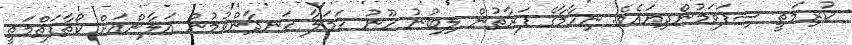
ކުރިމަތީ ސިފަވަމުންދިޔައެވެ. ނިހާމާގެ ފަރާތުން ލިބުނު ހޫނު ހަމަލާ ހަނދާންވުމުން އަލާންއަށް ކޯތާފަތްމަތީ